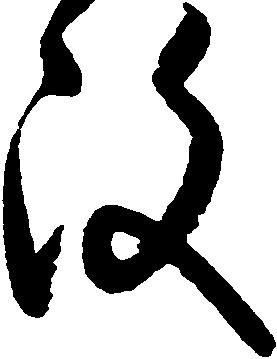
改